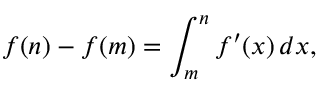
f ( n ) - f ( m ) = \int _ { m } ^ { n } f ^ { \prime } ( x ) \, d x ,